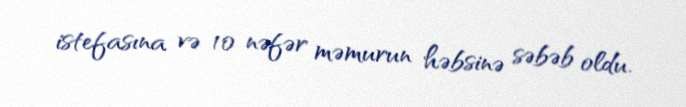
istefasına və 10 nəfər məmurun həbsinə səbəb oldu.